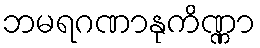
ဘမရဂဏာနုကိဏ္ဏာ